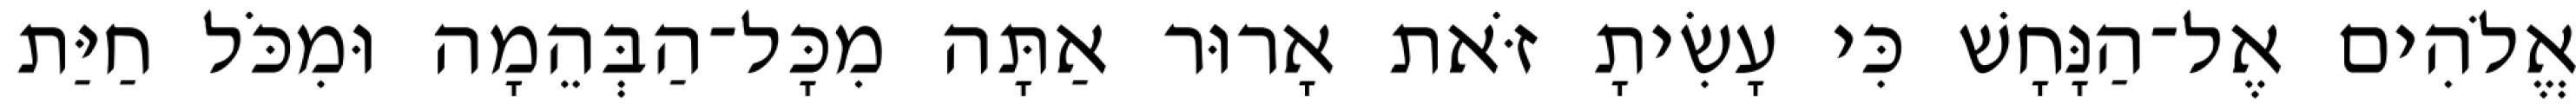
אֱלֹהִים אֶל־הַנָּחָשׁ כִּי עָשִׂיתָ זֹּאת אָרוּר אַתָּה מִכָּל־הַבְּהֵמָה וּמִכֹּל חַיַּת